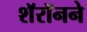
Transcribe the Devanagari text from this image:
शॅरॉनने